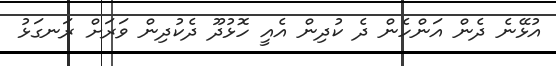
އުޅޭނެ ދެން އަންހެން ދެ ކުދިން އެއީ ހޮޅުދޫ ދެކުދިން ވަރަށް ރަނގަޅު